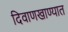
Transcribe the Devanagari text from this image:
दिवाणखाण्यात